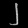
Digit: ၂